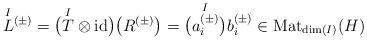
LaTeX: \begin{align*}\overset{I}{L}{^{(\pm)}} = \big(\overset{I}{T} \otimes \mathrm{id}\big)\big(R^{(\pm)}\big) = \bigl(\overset{I}{a_i^{(\pm)}}\bigr) b_i^{(\pm)} \in \mathrm{Mat}_{\dim(I)}(H)\end{align*}